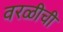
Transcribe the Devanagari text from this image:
वरळीची